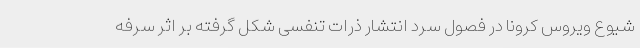
شیوع ویروس کرونا در فصول سرد انتشار ذرات تنفسی شکل گرفته بر اثر سرفه